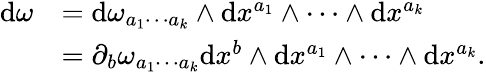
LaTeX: \begin{array}{rl}{\mathrm{d}\omega}&{=\mathrm{d}\omega_{a_{1}\cdots a_{k}}\wedge\mathrm{d}x^{a_{1}}\wedge\cdots\wedge\mathrm{d}x^{a_{k}}}\\ &{=\partial_{b}\omega_{a_{1}\cdots a_{k}}\mathrm{d}x^{b}\wedge\mathrm{d}x^{a_{1}}\wedge\cdots\wedge\mathrm{d}x^{a_{k}}.}\end{array}